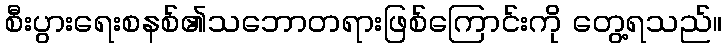
စီးပွားရေးစနစ်၏သဘောတရားဖြစ်ကြောင်းကို တွေ့ရသည်။